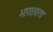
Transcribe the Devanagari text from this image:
भारतावरच